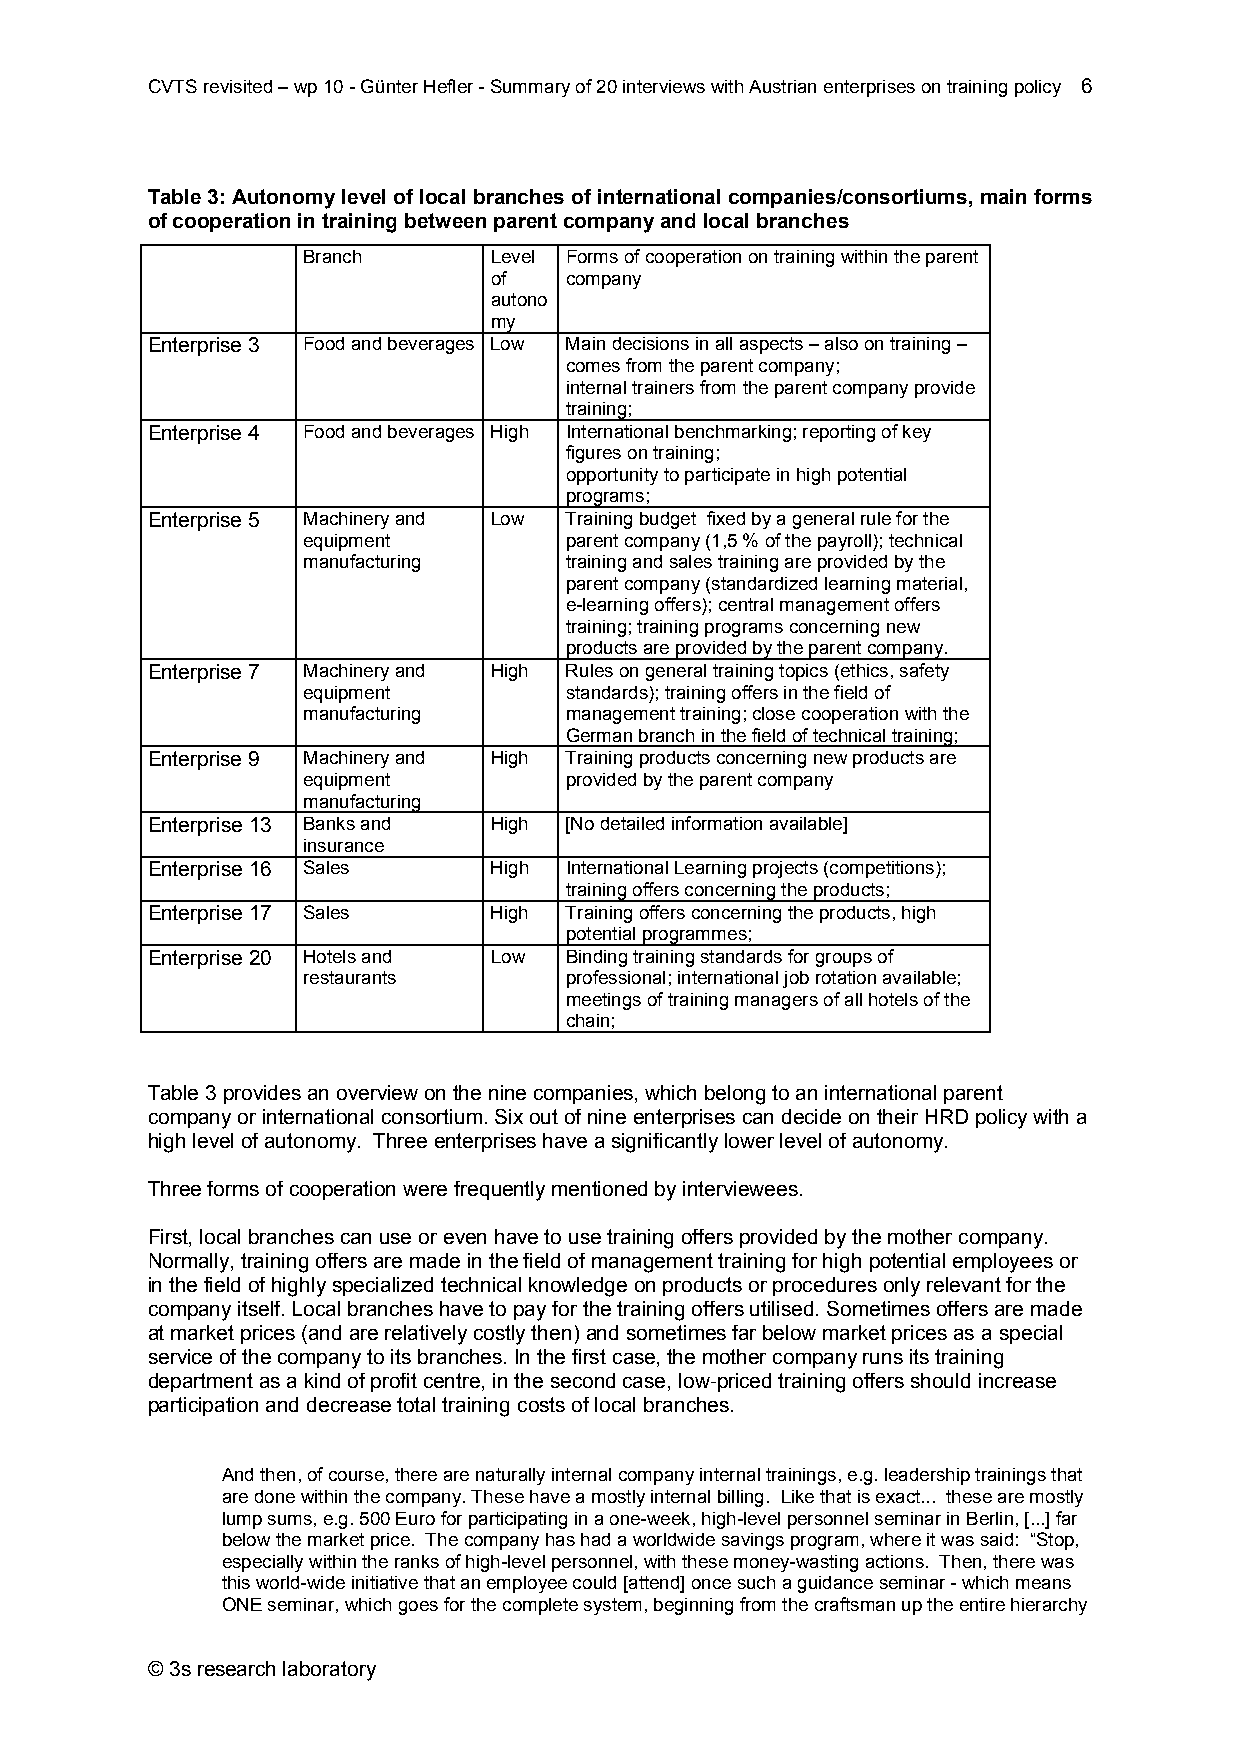
CVTS revisited – wp 10 - Günter Hefler - Summary of 20 interviews with Austrian enterprises on training policy 6
 Table 3: Autonomy level of local branches of international companies/consortiums, main forms
 of cooperation in training between parent company and local branches
 Branch      Level Forms of cooperation on training within the parent
 of   company
 autono
 my
 Enterprise 3 Food and beverages Low Main decisions in all aspects – also on training –
 comes from the parent company;
 internal trainers from the parent company provide
 training;
 Enterprise 4 Food and beverages High International benchmarking; reporting of key
 figures on training;
 opportunity to participate in high potential
 programs;
 Enterprise 5 Machinery and Low Training budget fixed by a general rule for the
 equipment        parent company (1,5 % of the payroll); technical
 manufacturing    training and sales training are provided by the
 parent company (standardized learning material,
 e-learning offers); central management offers
 training; training programs concerning new
 products are provided by the parent company.
 Enterprise 7 Machinery and High Rules on general training topics (ethics, safety
 equipment        standards); training offers in the field of
 manufacturing    management training; close cooperation with the
 German branch in the field of technical training;
 Enterprise 9 Machinery and High Training products concerning new products are
 equipment        provided by the parent company
 manufacturing
 Enterprise 13 Banks and High [No detailed information available]
 insurance
 Enterprise 16 Sales   High International Learning projects (competitions);
 training offers concerning the products;
 Enterprise 17 Sales   High Training offers concerning the products, high
 potential programmes;
 Enterprise 20 Hotels and Low Binding training standards for groups of
 restaurants      professional; international job rotation available;
 meetings of training managers of all hotels of the
 chain;
 Table 3 provides an overview on the nine companies, which belong to an international parent
 company or international consortium. Six out of nine enterprises can decide on their HRD policy with a
 high level of autonomy. Three enterprises have a significantly lower level of autonomy.
 Three forms of cooperation were frequently mentioned by interviewees.
 First, local branches can use or even have to use training offers provided by the mother company.
 Normally, training offers are made in the field of management training for high potential employees or
 in the field of highly specialized technical knowledge on products or procedures only relevant for the
 company itself. Local branches have to pay for the training offers utilised. Sometimes offers are made
 at market prices (and are relatively costly then) and sometimes far below market prices as a special
 service of the company to its branches. In the first case, the mother company runs its training
 department as a kind of profit centre, in the second case, low-priced training offers should increase
 participation and decrease total training costs of local branches.
 And then, of course, there are naturally internal company internal trainings, e.g. leadership trainings that
 are done within the company. These have a mostly internal billing. Like that is exact... these are mostly
 lump sums, e.g. 500 Euro for participating in a one-week, high-level personnel seminar in Berlin, [...] far
 below the market price. The company has had a worldwide savings program, where it was said: “Stop,
 especially within the ranks of high-level personnel, with these money-wasting actions. Then, there was
 this world-wide initiative that an employee could [attend] once such a guidance seminar - which means
 ONE seminar, which goes for the complete system, beginning from the craftsman up the entire hierarchy
 © 3s research laboratory